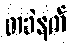
တခဲနက်